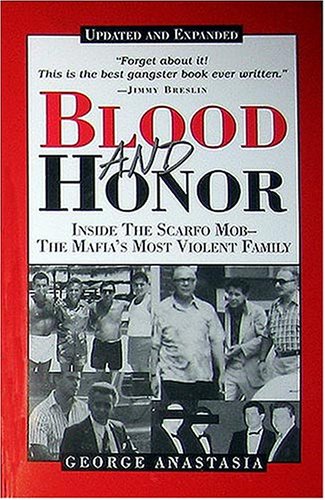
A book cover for Blood and Honor: Inside the Scarfo Mob--The Mafia's Most Violent Family; George Anastasia; Biographies & Memoirs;